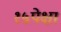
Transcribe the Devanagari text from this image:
१५पेक्षा